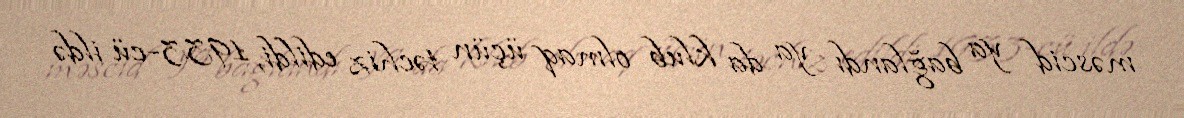
məscid ya bağlandı ya da klub olmaq üçün təchiz edildi, 1933-cü ildə